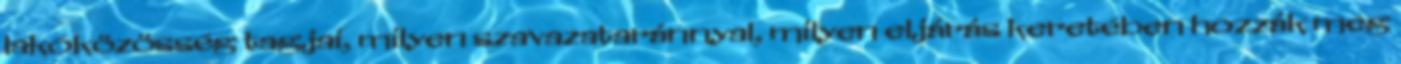
lakóközösség tagjai, milyen szavazataránnyal, milyen eljárás keretében hozzák meg